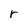
Character: r